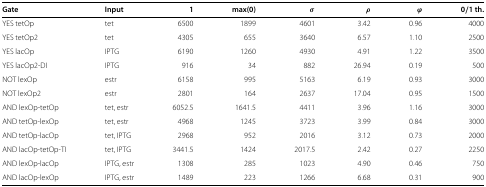
<table><thead><tr><td><b>Gate</b></td><td><b>Input</b></td><td><b>1</b></td><td><b>max(0)</b></td><td><b><i>σ</i></b></td><td><b><i>ρ</i></b></td><td><b><i>φ</i></b></td><td><b>0/1 th.</b></td></tr></thead><tbody><tr><td>YES tetOp</td><td>tet</td><td>6500</td><td>1899</td><td>4601</td><td>3.42</td><td>0.96</td><td>4000</td></tr><tr><td>YES tetOp2</td><td>tet</td><td>4305</td><td>655</td><td>3640</td><td>6.57</td><td>1.10</td><td>2500</td></tr><tr><td>YES lacOp</td><td>IPTG</td><td>6190</td><td>1260</td><td>4930</td><td>4.91</td><td>1.22</td><td>3500</td></tr><tr><td>YES lacOp2-DI</td><td>IPTG</td><td>916</td><td>34</td><td>882</td><td>26.94</td><td>0.19</td><td>500</td></tr><tr><td>NOT lexOp</td><td>estr</td><td>6158</td><td>995</td><td>5163</td><td>6.19</td><td>0.93</td><td>3000</td></tr><tr><td>NOT lexOp2</td><td>estr</td><td>2801</td><td>164</td><td>2637</td><td>17.04</td><td>0.95</td><td>1500</td></tr><tr><td>AND lexOp-tetOp</td><td>tet, estr</td><td>6052.5</td><td>1641.5</td><td>4411</td><td>3.96</td><td>1.16</td><td>3000</td></tr><tr><td>AND tetOp-lexOp</td><td>tet, estr</td><td>4968</td><td>1245</td><td>3723</td><td>3.99</td><td>0.84</td><td>3000</td></tr><tr><td>AND tetOp-lacOp</td><td>tet, IPTG</td><td>2968</td><td>952</td><td>2016</td><td>3.12</td><td>0.73</td><td>2000</td></tr><tr><td>AND lacOp-tetOp-TI</td><td>tet, IPTG</td><td>3441.5</td><td>1424</td><td>2017.5</td><td>2.42</td><td>0.27</td><td>2250</td></tr><tr><td>AND lexOp-lacOp</td><td>IPTG, estr</td><td>1308</td><td>285</td><td>1023</td><td>4.90</td><td>0.46</td><td>750</td></tr><tr><td>AND lacOp-lexOp</td><td>IPTG, estr</td><td>1489</td><td>223</td><td>1266</td><td>6.68</td><td>0.31</td><td>900</td></tr></tbody></table>